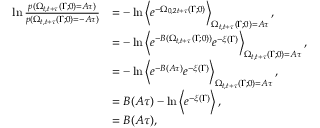
\begin{array} { r l } { \ln \frac { p ( \Omega _ { t , t + \tau } ( \Gamma ; 0 ) = A \tau ) } { p ( \Omega _ { t , t + \tau } ( \Gamma ; 0 ) = - A \tau ) } } & { = - \ln \left< e ^ { - \Omega _ { 0 , 2 t + \tau } ( \Gamma ; 0 ) } \right> _ { \Omega _ { t , t + \tau } ( \Gamma ; 0 ) = A \tau } , } \\ & { = - \ln \left< e ^ { - B ( \Omega _ { t , t + \tau } ( \Gamma ; 0 ) ) } e ^ { - \xi ( \Gamma ) } \right> _ { \Omega _ { t , t + \tau } ( \Gamma ; 0 ) = A \tau } , } \\ & { = - \ln \left< e ^ { - B ( A \tau ) } e ^ { - \xi ( \Gamma ) } \right> _ { \Omega _ { t , t + \tau } ( \Gamma ; 0 ) = A \tau } , } \\ & { = B ( A \tau ) - \ln \left< e ^ { - \xi ( \Gamma ) } \right> , } \\ & { = B ( A \tau ) , } \end{array}